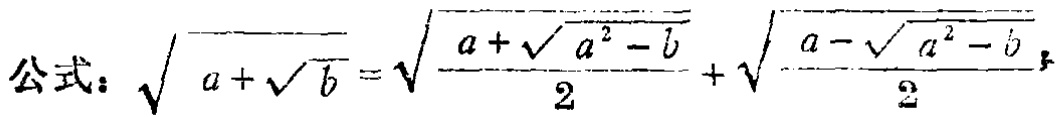
公式：\(\sqrt{a + \sqrt{b}} = \sqrt{\frac{a + \sqrt{a^{2}-b}}{2}} + \sqrt{\frac{a - \sqrt{a^{2}-b}}{2}}\)